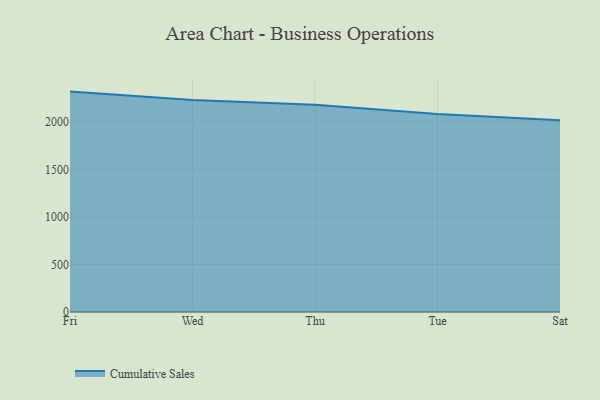
{"axis": {"x": "Day", "y": "Energy Usage (MWh)"}, "legend": ["Cumulative Sales"], "data": [{"x": "Fri", "y": 2319.9, "type": "Cumulative Sales"}, {"x": "Wed", "y": 2230.7, "type": "Cumulative Sales"}, {"x": "Thu", "y": 2180.5, "type": "Cumulative Sales"}, {"x": "Tue", "y": 2082.9, "type": "Cumulative Sales"}, {"x": "Sat", "y": 2017.9, "type": "Cumulative Sales"}]}